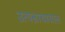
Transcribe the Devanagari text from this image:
उत्पन्नाबाबात